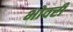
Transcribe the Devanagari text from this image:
भोवरी